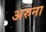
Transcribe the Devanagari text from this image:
अरुना